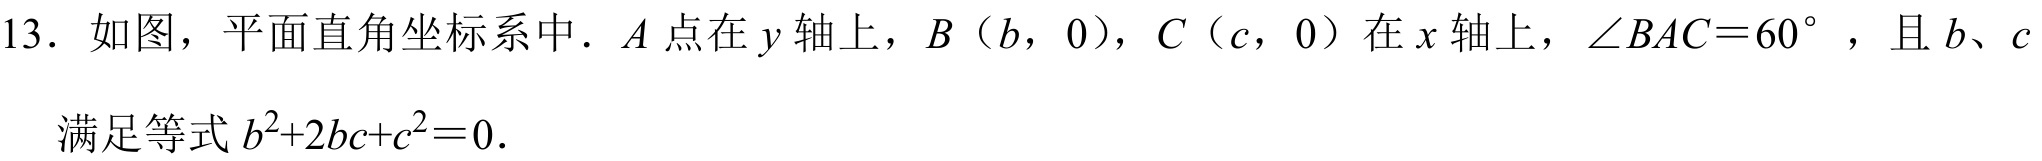
13. 如图，平面直角坐标系中. \(A\) 点在 \(y\) 轴上，\(B(b,0)\)，\(C(c,0)\) 在 \(x\) 轴上，\(\angle BAC = 60^{\circ}\)，且 \(b\)、\(c\) 满足等式 \(b^{2}+2bc + c^{2}=0\).